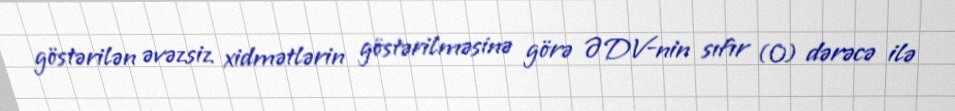
göstərilən əvəzsiz xidmətlərin göstərilməsinə görə ƏDV-nin sıfır (0) dərəcə ilə